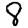
Digit: 8